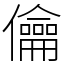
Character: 㒢